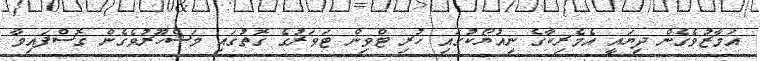
އަމާޒުވެގެން ދިޔައީ އެމެރިކާގެ ނިއުޔޯކުގައި ހުރި ޓްވިން ޓަވަރުގެ ގޮތުގައި މަޝްހޫރުވެގެން ގޮސްފައިވާ